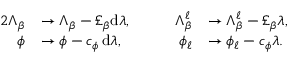
\begin{array} { r l r l } { { 2 } \Lambda _ { \beta } } & { \to \Lambda _ { \beta } - \pounds _ { \beta } \mathrm { d } \lambda , \qquad } & { \Lambda _ { \beta } ^ { \ell } } & { \to \Lambda _ { \beta } ^ { \ell } - \pounds _ { \beta } \lambda , } \\ { \phi } & { \to \phi - c _ { \phi } \, \mathrm { d } \lambda , \qquad } & { \phi _ { \ell } } & { \to \phi _ { \ell } - c _ { \phi } \lambda . } \end{array}